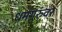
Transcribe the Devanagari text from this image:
धर्मगुरुंवर